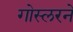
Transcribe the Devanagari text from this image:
गोस्लरने